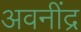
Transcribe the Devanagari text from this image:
अवनींद्र